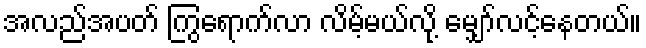
အလည်အပတ် ကြွရောက်လာ လိမ့်မယ်လို့ မျှော်လင့်နေတယ်။